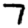
Digit: 7